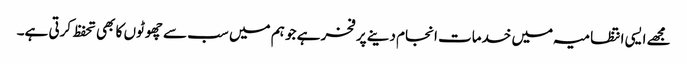
مجھے ایسی انتظامیہ میں خدمات انجام دینے پر فخر ہے جو ہم میں سب سے چھوٹوں کا بھی تحفظ کرتی ہے۔